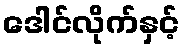
ဒေါင်လိုက်နှင့်